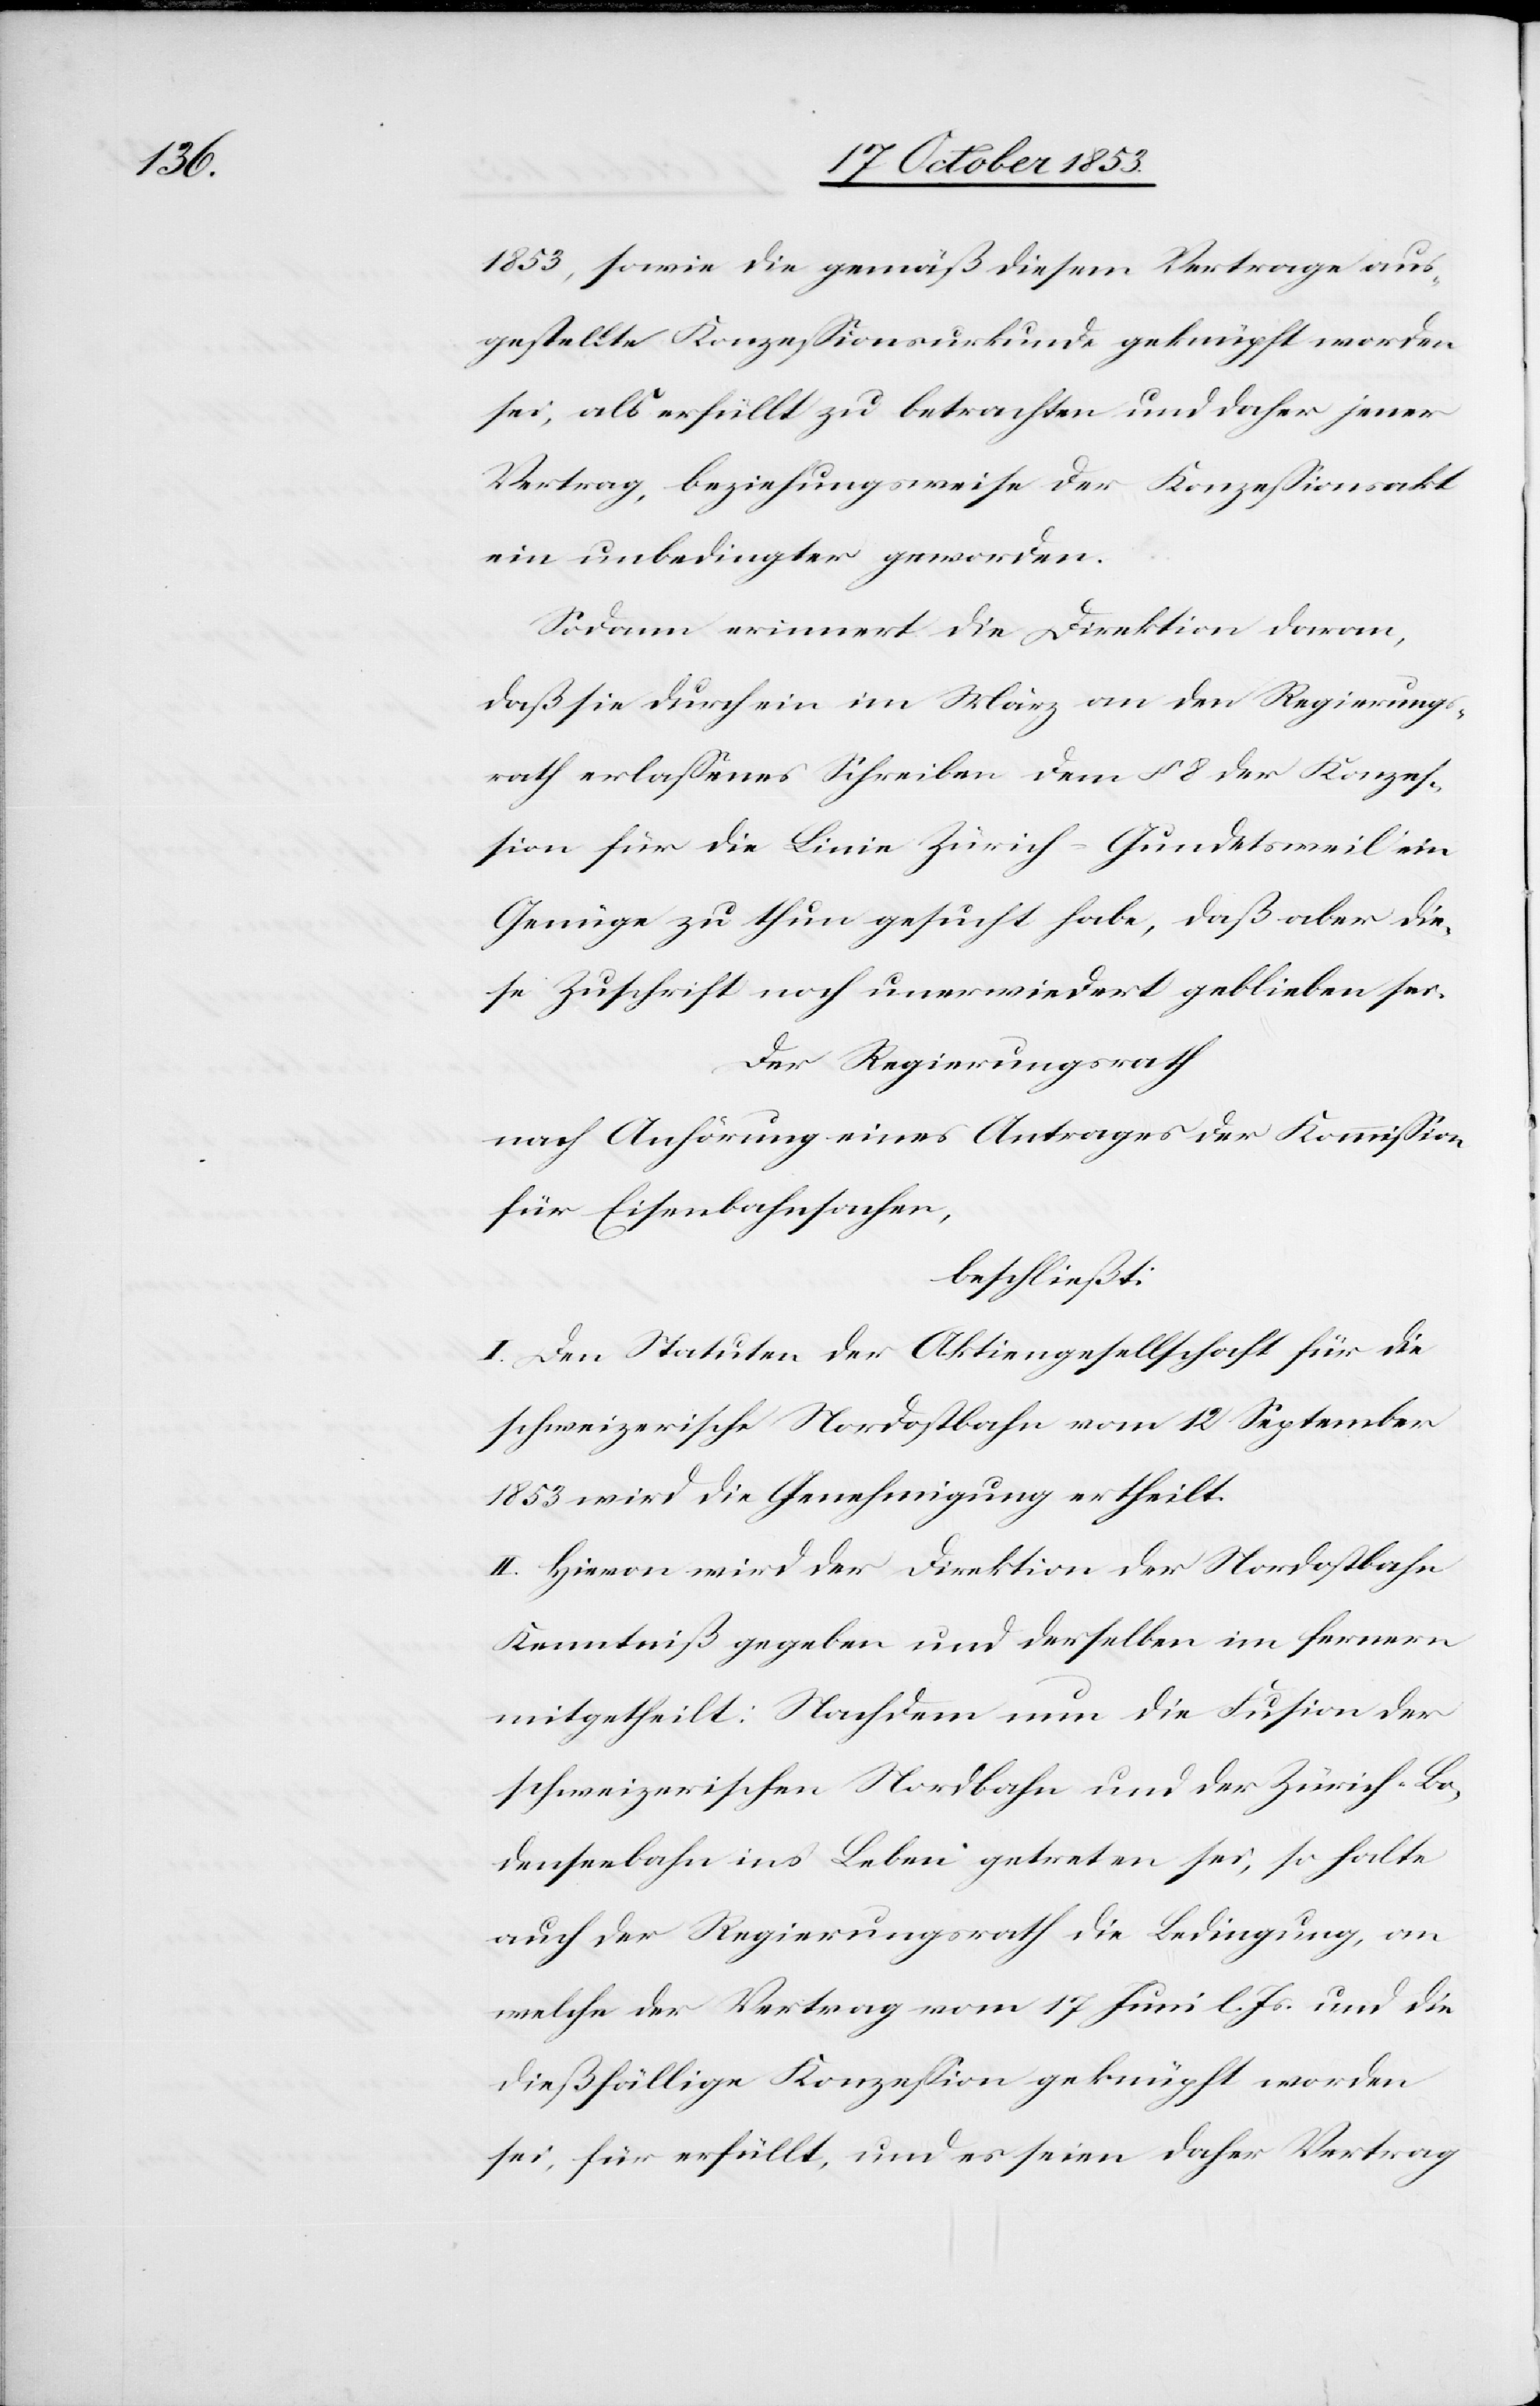
1853, sowie die gemäß diesem Vertrage aus¬
gestellte Konzeßionsurkunde geknüpft worden
sei, als erfüllt zu betrachten und daher jener
Vertrag beziehungsweise der Konzeßionsakt
ein unbedingter geworden.
Sodann erinnert die Direktion daran,
daß sie durch ein im März an den Regierungs¬
rath erlaßenes Schreiben dem § 8 der Konzes¬
sion für die Linie Zürich-Gundetsweil ein
Genüge zu thun gesucht habe, daß aber die¬
se Zuschrift noch unerwiedert geblieben sei.
Der Regierungsrath
nach Anhörung eines Antrages der Kommißion
für Eisenbahnsachen,
beschließt:
I. Den Statuten der Aktiengesellschaft für die
schweizerische Nordostbahn vom 12 September
1853 wird die Genehmigung ertheilt.
II. Hievon wird der Direktion der Nordostbahn
Kenntniß gegeben und derselben im fernern
mitgetheilt: Nachdem nun die Fusion der
schweizerischen Nordbahn und der Zürich-Bo¬
denseebahn in’s Leben getreten sei, so halte
auch der Regierungsrath die Bedingung, an
welche der Vertrag vom 17 Juni l. Js. und die
dießfällige Konzeßion geknüpft worden
sei, für erfüllt, und es seien daher Vertrag